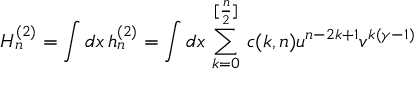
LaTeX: H _ { n } ^ { ( 2 ) } = \int d x \, h _ { n } ^ { ( 2 ) } = \int d x \, \sum _ { k = 0 } ^ { [ { \frac { n } { 2 } } ] } \, c ( k , n ) u ^ { n - 2 k + 1 } v ^ { k ( \gamma - 1 ) }